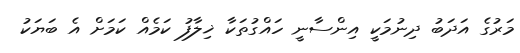
މަރުގެ އަދަބު ދިނުމަކީ އިންސާނީ ހައްގުތަކާ ޚިލާފު ކަމެއް ކަމަށް އެ ބަޔަކު